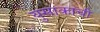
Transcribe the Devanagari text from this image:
युसाकाची